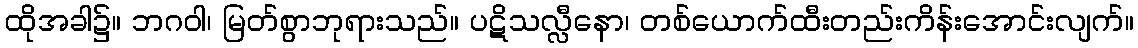
ထိုအခါ၌။ ဘဂဝါ၊ မြတ်စွာဘုရားသည်။ ပဋိသလ္လီနော၊ တစ်ယောက်ထီးတည်းကိန်းအောင်းလျက်။